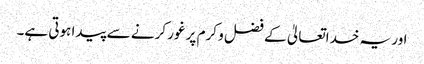
اور یہ خداتعالیٰ کے فضل و کرم پر غور کرنے سے پیدا ہوتی ہے۔